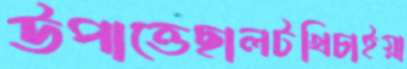
উপাত্তেছালটখিচাইয়া